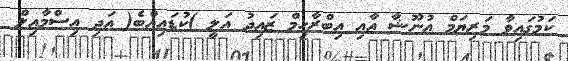
ކަމުގައިވާ މަރިޔަމް އުނޫޝާ އާއި އިބްރާހިމް ޒައިދު އަލީ )ކުޑައިއްބެ( އަދި އިސްމާއިލް